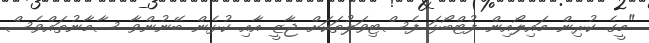
"މީގެ ކުރިން މައިލޯއިން ފުޓްބޯޅަ ފެސްޓިވަލުތަކަށް ޖާޒީ އާއި ކުޅެން ބޭނުންވާ ސާމާނުތައްވެސް